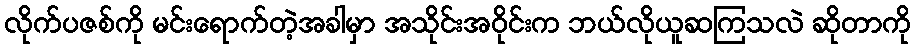
လိုက်ပဇစ်ကို မင်းရောက်တဲ့အခါမှာ အသိုင်းအဝိုင်းက ဘယ်လိုယူဆကြသလဲ ဆိုတာကို